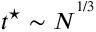
t ^ { \star } \sim N ^ { ^ { 1 / 3 } }